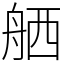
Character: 舾